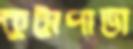
কুট্টাপাড়া